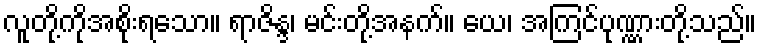
လူတို့ကိုအစိုးရသော။ ရာဇိန္ဒ၊ မင်းတို့အနက်။ ယေ၊ အကြင်ပုဏ္ဏားတို့သည်။